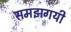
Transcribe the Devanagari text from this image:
समझगयी